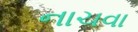
નાચવા